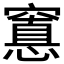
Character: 𮄖